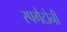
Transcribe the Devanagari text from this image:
स्पगैटोनी